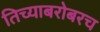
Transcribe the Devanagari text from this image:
तिच्याबरोबरच